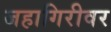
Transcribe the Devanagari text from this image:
जहागिरीवर